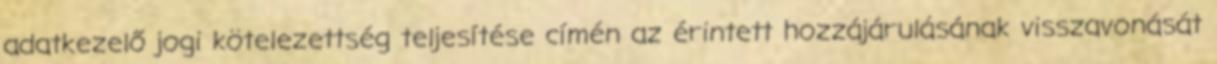
adatkezelő jogi kötelezettség teljesítése címén az érintett hozzájárulásának visszavonását